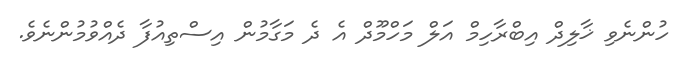
ހުންނެވި ޚާލިދް އިބްރާހިމް އަލް މަހްމޫދް އެ ދެ މަގާމުން އިސްތިއުފާ ދެއްވުމުންނެވެ.